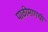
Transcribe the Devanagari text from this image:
पाठीमागची